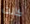
كانت